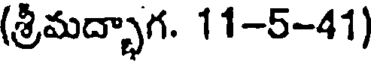
(శ్రీమద్భాగ. 11-5-41)